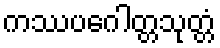
ကဿပဂေါတ္တသုတ္တံ